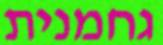
גחמנית